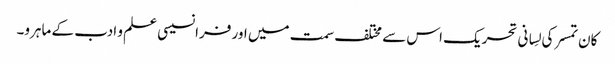
کان تمسر کی لِسانی تحریک اس سے مختلف سمت میں اور فرانسیسی علم و ادب کے ماہرو۔